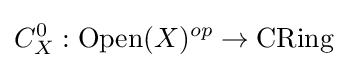
C_{X}^{0}:{\text{Open}}(X)^{op}\to {\text{CRing}}